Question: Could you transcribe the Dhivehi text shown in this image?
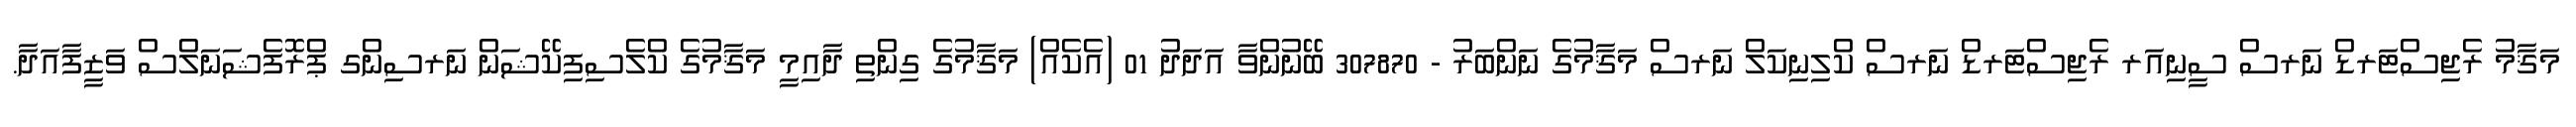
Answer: މަޤާމު ރެޖިސްޓަރޑް ނަރސް ސީނިއަރ ރެޖިސްޓަރޑް ނަރސް ކްލިނިކަލް ނަރސް މަޤާމުގެ ނަންބަރު - 307870 ބޭނުންވާ އަދަދު 01 (އެކެއް) މަޤާމުގެ ގިންތި ދާއިމީ މަޤާމުގެ ކްލެސިފިކޭޝަން ނަރސިންގ ޕްރޮފެޝަނަލްސް ވަޒީފާއަދާ.